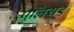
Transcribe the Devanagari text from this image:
पुलियर